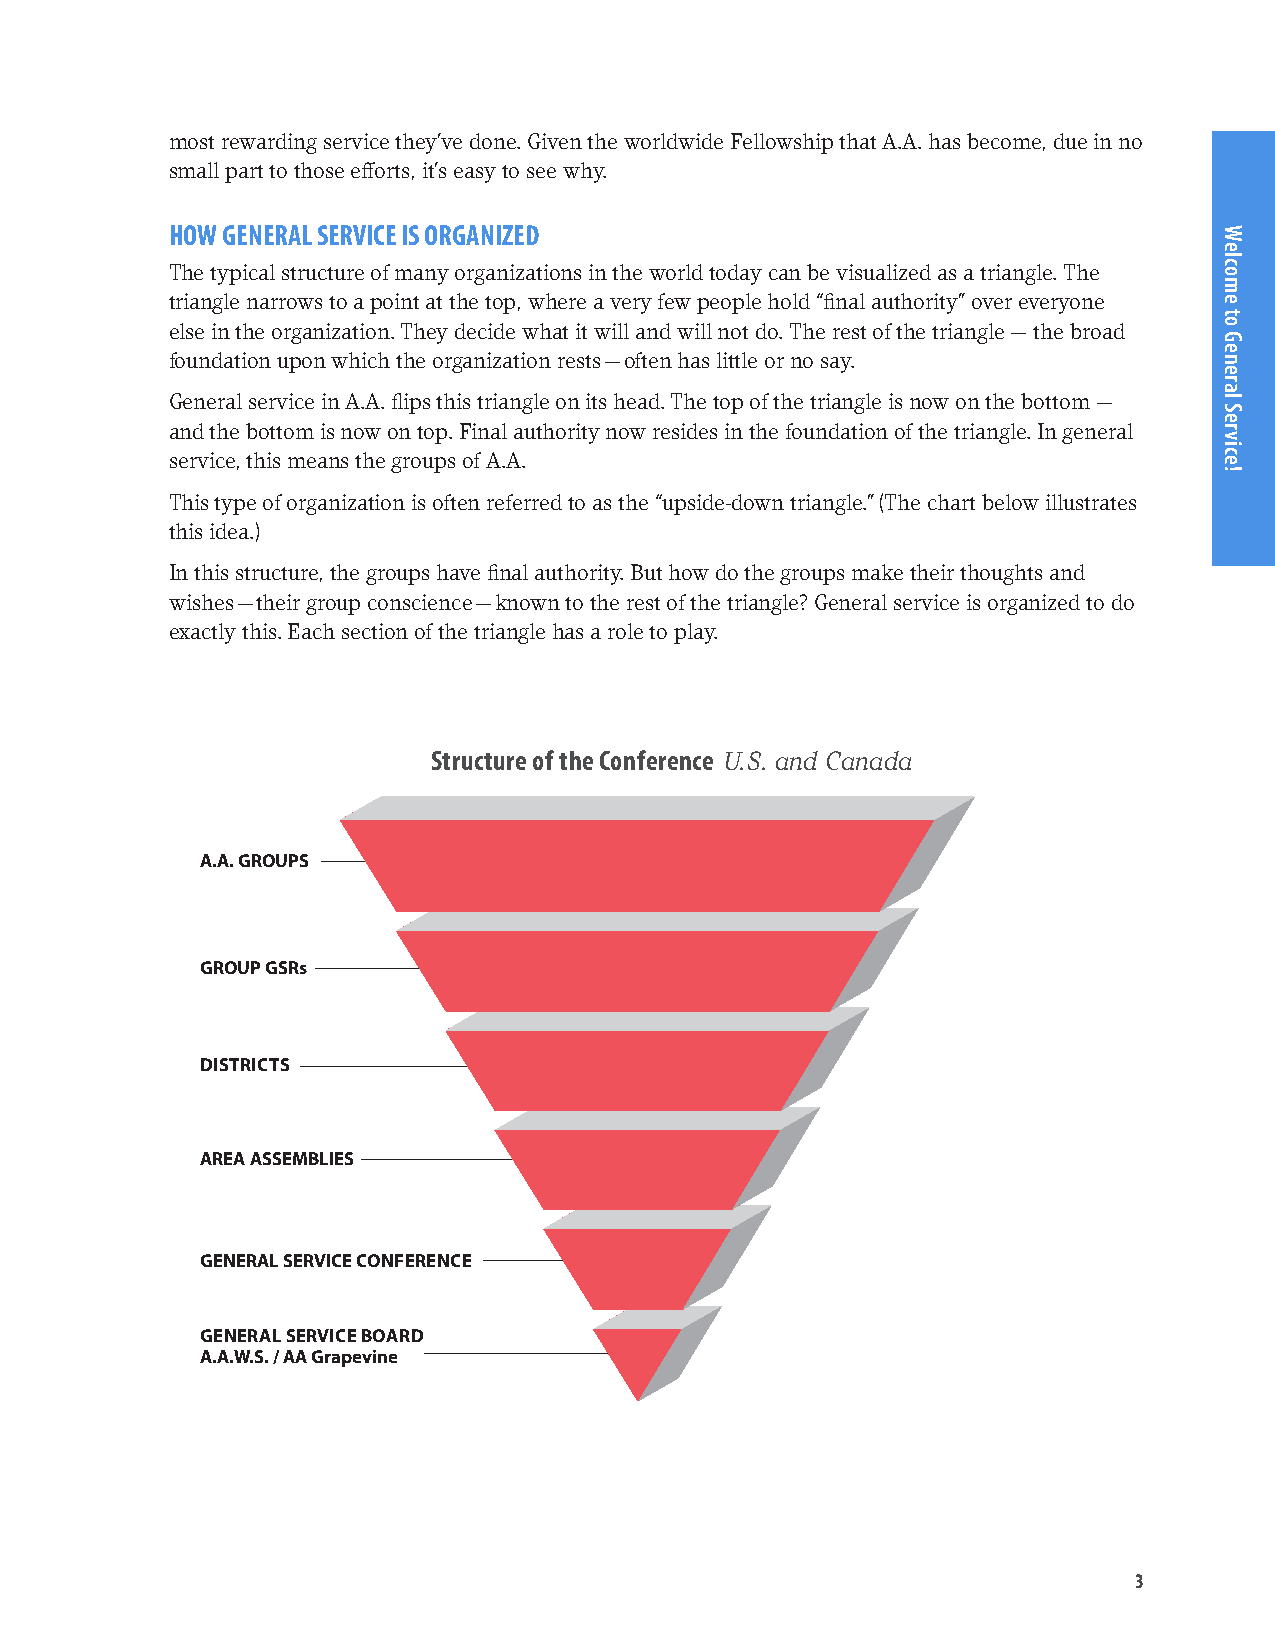
most rewarding service they’ve done. Given the worldwide Fellowship that A.A. has become, due in no
 small part to those efforts, it’s easy to see why.
 HOW GENERAL SERVICE IS ORGANIZED
 The typical structure of many organizations in the world today can be visualized as a triangle. The
 triangle narrows to a point at the top, where a very few people hold “final authority” over everyone
 else in the organization. They decide what it will and will not do. The rest of the triangle — the broad
 foundation upon which the organization rests — often has little or no say.
 General service in A.A. flips this triangle on its head. The top of the triangle is now on the bottom —
 and the bottom is now on top. Final authority now resides in the foundation of the triangle. In general
 service, this means the groups of A.A.
 This type of organization is often referred to as the “upside-down triangle.” (The chart below illustrates
 this idea.)
 In this structure, the groups have final authority. But how do the groups make their thoughts and
 wishes — their group conscience — known to the rest of the triangle? General service is organized to do
 exactly this. Each section of the triangle has a role to play.
 Structure of the Conference U.S. and Canada
 A.A. GROUPS
 GROUP GSRs
 DISTRICTS
 AREA ASSEMBLIES
 GENERAL SERVICE CONFERENCE
 GENERAL SERVICE BOARD
 A.A.W.S. / AA Grapevine
 3
 Welcome
 to
 General
 Service!